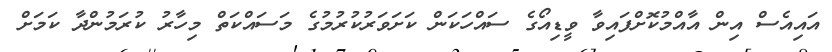
އައިއެސް އިން އާއްމުކޮށްފައިވާ ވީޑިއޯގެ ސައްހަކަން ކަށަވަރުކުރުމުގެ މަސައްކަތް މިހާރު ކުރަމުންދާ ކަމަށް